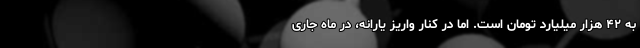
به ۴۲ هزار میلیارد تومان است. اما در کنار واریز یارانه، در ماه جاری